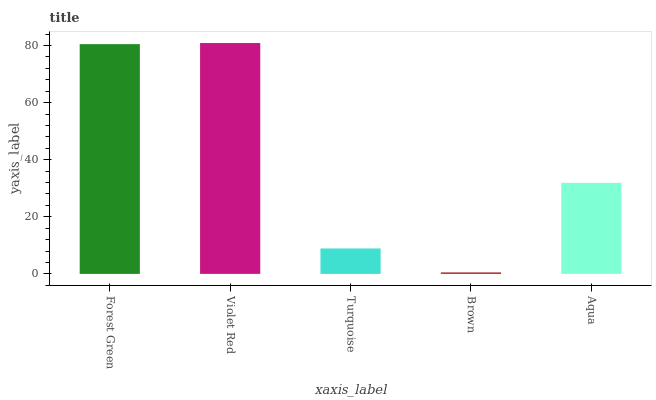
| xaxis_label | bars |
 | --- | --- |
 | Forest Green | 80.5 |
 | Violet Red | 80.9 |
 | Turquoise | 8.91 |
 | Brown | 0.523 |
 | Aqua | 31.9 |